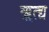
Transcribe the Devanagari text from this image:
ॠत्द्य